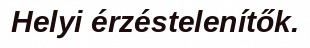
Helyi érzéstelenítők.